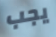
يجب